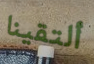
ألتقينا